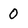
Character: 0